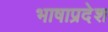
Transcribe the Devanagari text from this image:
भाषाप्रदेश